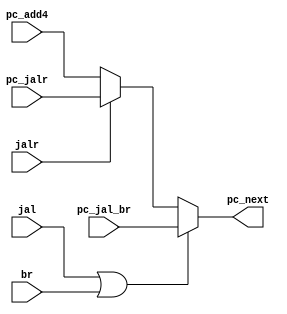
module npc_sel(
  input [31:0] pc_add4, pc_jal_br, pc_jalr, // PC4JAL/BRPCJALRPC
  input jal, jalr, br, // JALJALRBR
  output reg [31:0] pc_next // PC
);
  always @(*) begin
    if (jal || br) // JALBRpc_jal_brPC
      pc_next = pc_jal_br;
    else if (jalr) // JALRpc_jalrPC
      pc_next = pc_jalr;
    else // pc_add4PC
      pc_next = pc_add4;
  end
endmodule